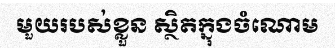
មួយរបស់ខ្លួន ស្ថិតក្នុងចំណោម